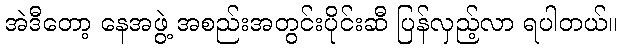
အဲဒီတော့ နေအဖွဲ့ အစည်းအတွင်းပိုင်းဆီ ပြန်လှည့်လာ ရပါတယ်။